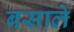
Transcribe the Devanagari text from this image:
बसाले